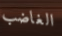
الغاضب